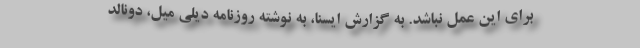
برای این عمل نباشد. به گزارش ایسنا، به نوشته روزنامه دیلی میل، دونالد